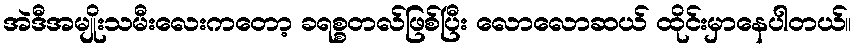
အဲဒီအမျိုးသမီးလေးကတော့ ခရစ္စတလ်ဖြစ်ပြီး လောလောဆယ် ထိုင်းမှာနေပါတယ်။